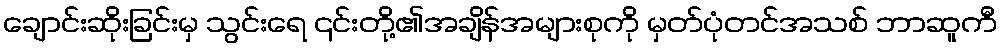
ချောင်းဆိုးခြင်းမှ သွင်းရေ ၎င်းတို့၏အချိန်အများစုကို မှတ်ပုံတင်အသစ် ဘာဆူကီ